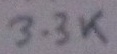
Text: 3.3K